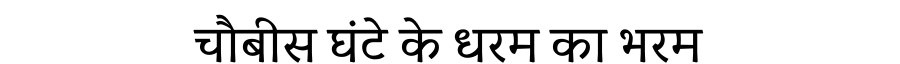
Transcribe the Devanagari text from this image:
चौबीस घंटे के धरम का भरम